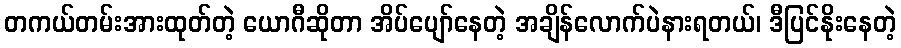
တကယ်တမ်းအားထုတ်တဲ့ ယောဂီဆိုတာ အိပ်ပျော်နေတဲ့ အချိန်လောက်ပဲနားရတယ်၊ ဒီပြင်နိုးနေတဲ့